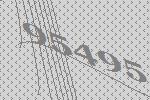
95495